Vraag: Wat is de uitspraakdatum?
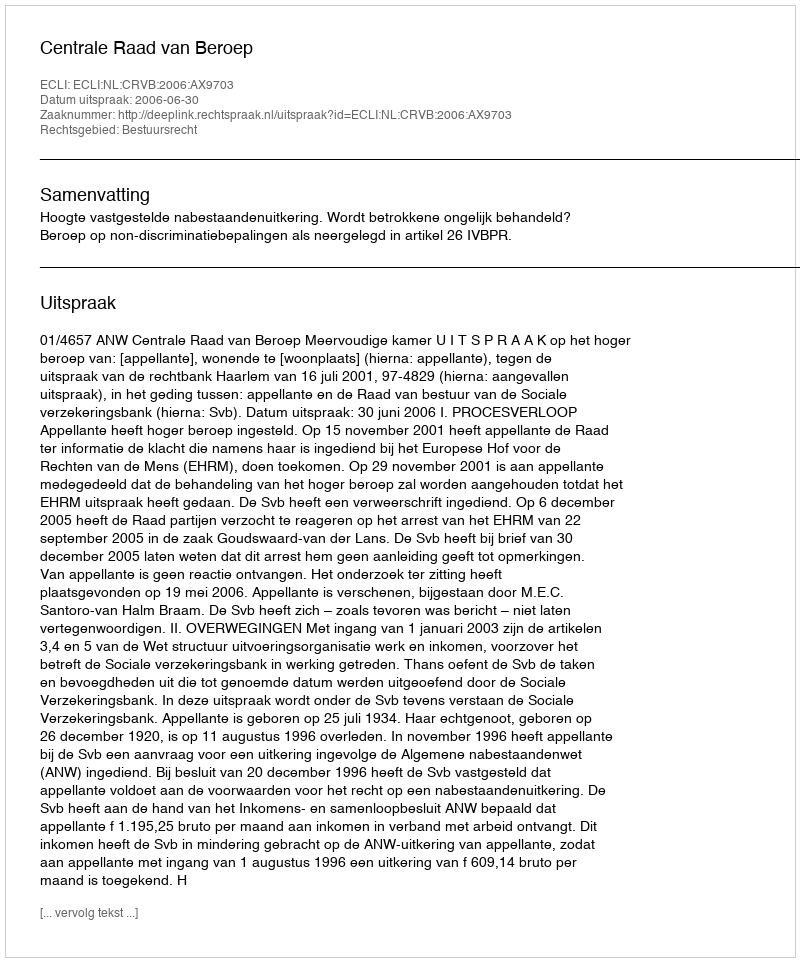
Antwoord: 2006-06-30